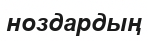
ноздардың